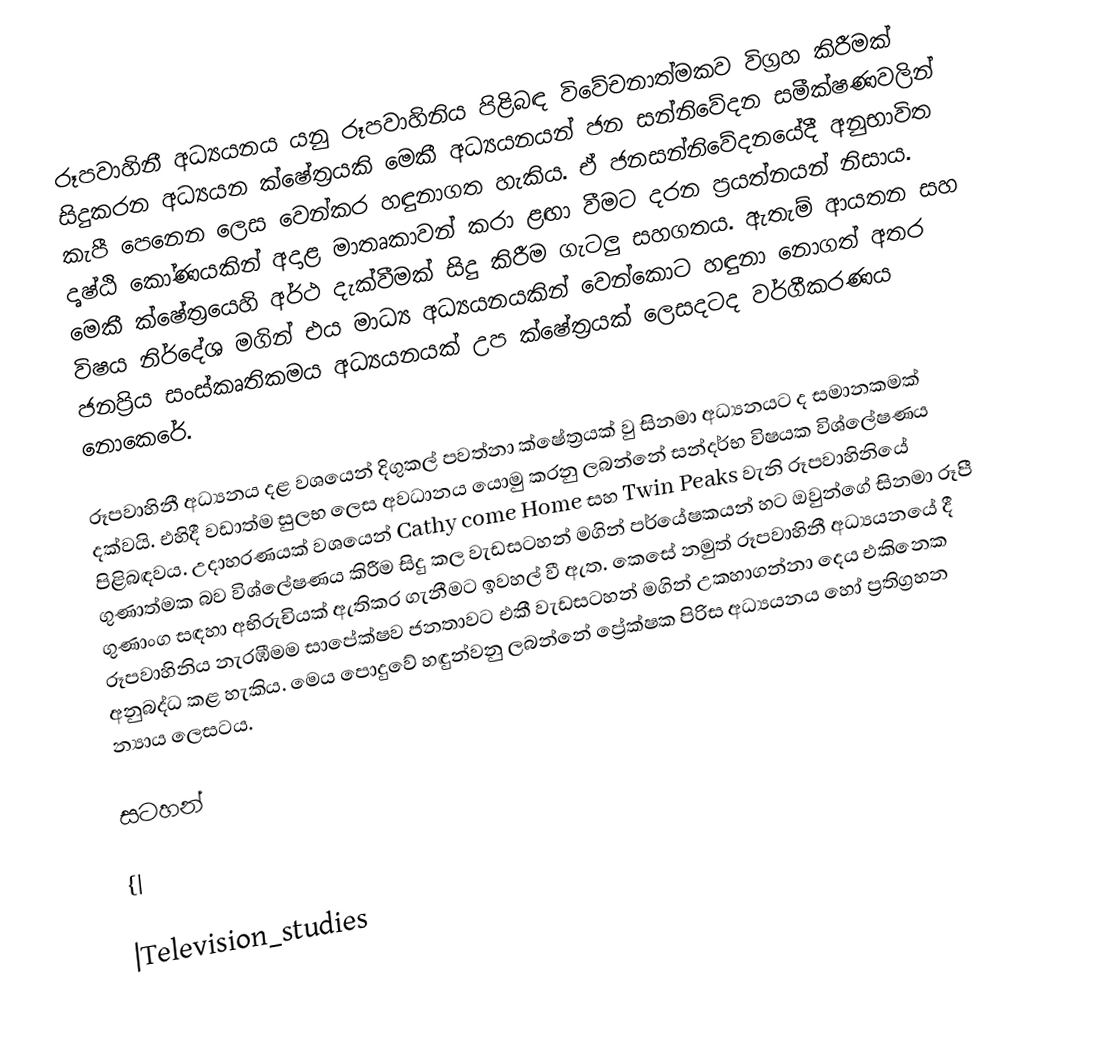
රූපවාහිනී අධ්‍යයනය යනු රූපවාහිනිය පිළිබඳ විවේචනාත්මකව විග්‍රහ කිරීමක් සිදුකරන අධ්‍යයන ක්ෂේත්‍රයකි මෙකී අධ්‍යයනයන් ජන සන්නිවේදන සමීක්ෂණවලින් කැපී පෙනෙන ලෙස වෙන්කර හඳුනාගත හැකිය. ඒ ජනසන්නිවේදනයේදී අනුභාවිත දෘෂ්ඨි කෝණයකින් අදාළ මාතෘකාවන් කරා ළඟා වීමට දරන ප්‍රයත්නයන් නිසාය. මෙකී ක්ෂේත්‍රයෙහි අර්ථ දැක්වීමක් සිදු කිරීම ගැටලු සහගතය. ඇතැම් ආයතන සහ විෂය නිර්දේශ මගින් එය මාධ්‍ය අධ්‍යයනයකින් වෙන්කොට හඳුනා නොගත් අතර ජනප්‍රිය සංස්කෘතිකමය අධ්‍යයනයක් උප ක්ෂේත්‍රයක් ලෙසදටද වර්ගීකරණය නොකෙරේ.

රූපවාහිනී අධ්‍යනය දළ වශයෙන් දිගුකල් පවත්නා ක්ෂේත්‍රයක් වු සිනමා අධ්‍යනයට ද සමානකමක් දක්වයි. එහිදී වඩාත්ම සුලභ ලෙස අවධානය යොමු කරනු ලබන්නේ සන්දර්භ විෂයක විශ්ලේෂණය පිළිබඳවය. උදාහරණයක් වශයෙන් Cathy come Home සහ Twin Peaks වැනි රූපවාහිනියේ ගුණාත්මක බව විශ්ලේෂණය කිරීම සිදු කල වැඩසටහන් මගින් පර්යේෂකයන් හට ඔවුන්ගේ සිනමා රූපී ගුණාංග සඳහා අභිරුචියක් ඇතිකර ගැනීමට ඉවහල් වී ඇත. කෙසේ නමුත් රූපවාහිනී අධ්‍යයනයේ දී රූපවාහිනිය නැරඹීමම සාපේක්ෂව ජනතාවට එකී වැඩසටහන් මගින් උකහාගන්නා දෙය එකිනෙක අනුබද්ධ කළ හැකිය. මෙය පොදුවේ හඳුන්වනු ලබන්නේ ප්‍රේක්ෂක පිරිස අධ්‍යයනය හෝ ප්‍රතිග්‍රහන න්‍යාය ලෙසටය.

සටහන්

{|

|Television_studies